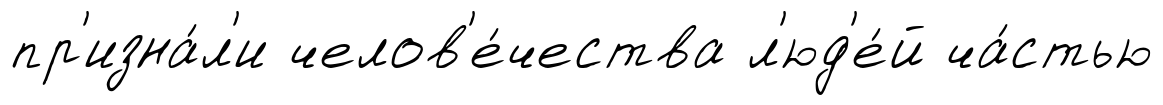
пр'изна́л'и челов'е́чества л'юд'е́й ча́стью